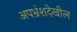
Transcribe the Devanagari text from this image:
अपभ्रंशदेखील